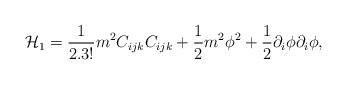
LaTeX: \begin{align*}{\cal H}_1 = \frac{1}{2.3!}m^2 C_{ijk}C_{ijk} + \frac{1}{2}m^2 \phi^{2}+ \frac{1}{2}\partial_{i}\phi \partial_{i}\phi ,\end{align*}